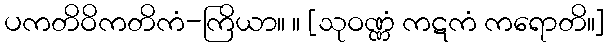
ပကတိဝိကတိကံ-ကြိယာ။ ။ [သုဝဏ္ဏံ ကဋကံ ကရောတိ။]